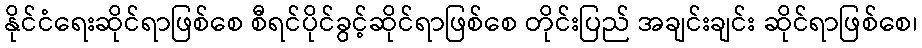
နိုင်ငံရေးဆိုင်ရာဖြစ်စေ စီရင်ပိုင်ခွင့်ဆိုင်ရာဖြစ်စေ တိုင်းပြည် အချင်းချင်း ဆိုင်ရာဖြစ်စေ၊